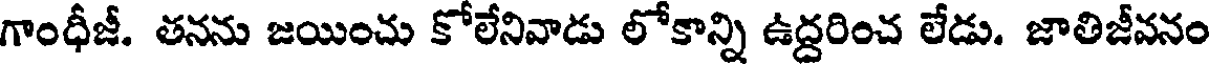
గాంధీజీ. తనను జయించు కోలేనివాడు లోకాన్ని ఉద్దరించ లేడు. జాతిజీవనం